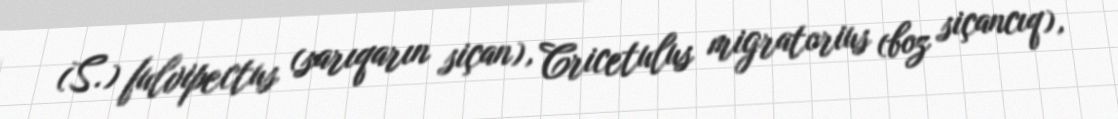
(S.) fulvipectus (sarıqarın siçan), Cricetulus migratorius (boz siçancıq),